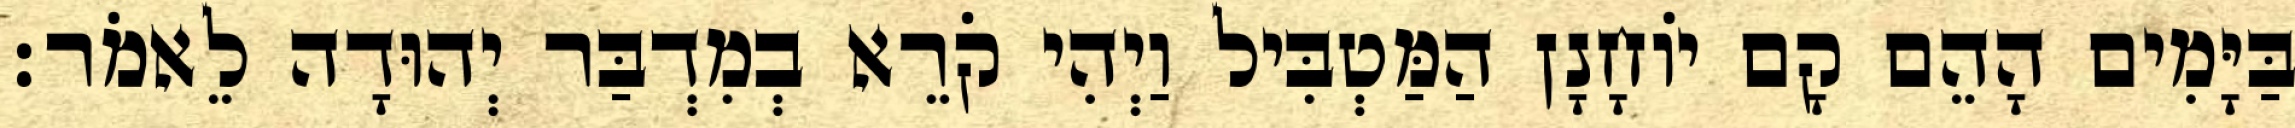
בַּיָּמִים הָהֵם קָם יוֹחָנָן הַמַּטְבִּיל וַיְהִי קֹרֵא בְמִדְבַּר יְהוּדָה לֵאמֹר׃